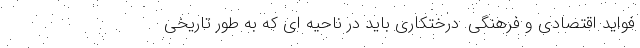
فواید اقتصادی و فرهنگی. درختکاری باید در ناحیه ای که به طور تاریخی